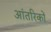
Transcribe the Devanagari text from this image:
आंतरिकों